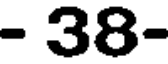
- 38-